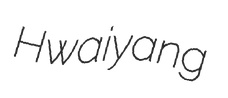
Hwaiyang